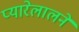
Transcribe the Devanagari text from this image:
प्यारेलालने